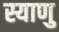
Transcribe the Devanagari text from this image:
स्याणु